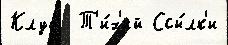
Клуб  Т'и́х'ий Ссы́лк'и